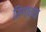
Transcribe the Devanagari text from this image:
सिंगांच्या